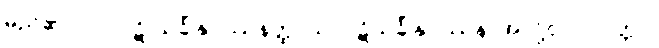
မည်၏။ လ။ ပုဋိ သင်္ခါနုပဿနတ္ထာယ၊ ပဋိသင်္ခါနုပဿနာအလို့ငှာ။ ပဝတ္တာ၊